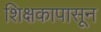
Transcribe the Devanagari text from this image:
शिक्षकापासून